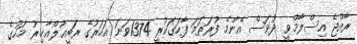
ރާއްޖެ އިސްލާމްވީ ދުވަސް އެންމެ ފުރަތަމަ ފާހަގަކުރީ 1374ވަނަ އަހަރުގެ ރަބީޢުލްއާޚިރު މަހުގެ